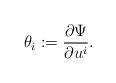
LaTeX: \begin{align*} \theta_i := \frac{ \partial \Psi}{\partial {u^i}} .\end{align*}